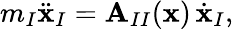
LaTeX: \begin{array}{r}{m_{I}\ddot{\mathbf{x}}_{I}=\mathbf{A}_{II}(\mathbf{x})\, \dot{\mathbf{x}}_{I},}\end{array}